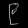
Digit: ၉